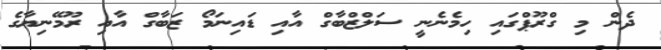
ދެން މި ގްރޫޕްގައި ހިމެނެނީ ސަލްޒްބާގް އާއި ޑައިނަމޯ ޒަބާގް އާއި ރޫމޭނިޔާގެ